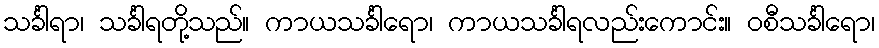
သင်္ခါရာ၊ သင်္ခါရတို့သည်။ ကာယသင်္ခါရော၊ ကာယသင်္ခါရလည်းကောင်း။ ဝစီသင်္ခါရော၊